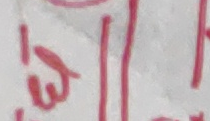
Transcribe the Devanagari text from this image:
मुला